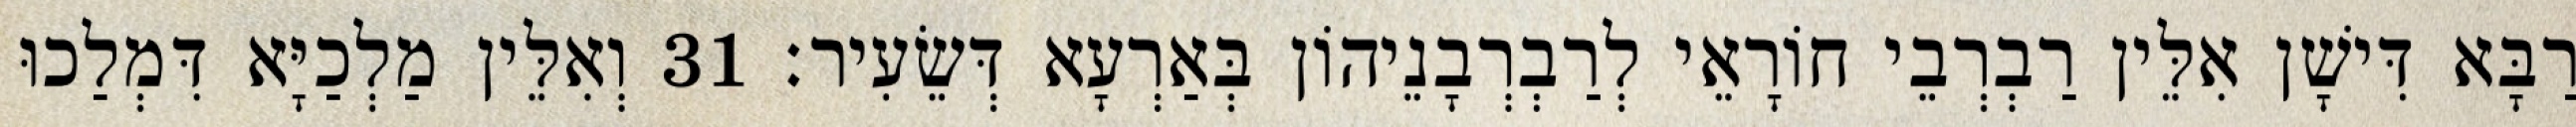
רַבָּא דִּישָׁן אִלֵּין רַבְרְבֵי חוֹרָאֵי לְרַבְרְבָנֵיהוֹן בְּאַרְעָא דְּשֵׂעִיר׃ 31 וְאִלֵּין מַלְכַיָּא דִּמְלַכוּ